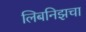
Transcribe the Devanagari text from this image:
लिबनिझचा